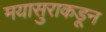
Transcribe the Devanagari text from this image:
मयासुराकडून